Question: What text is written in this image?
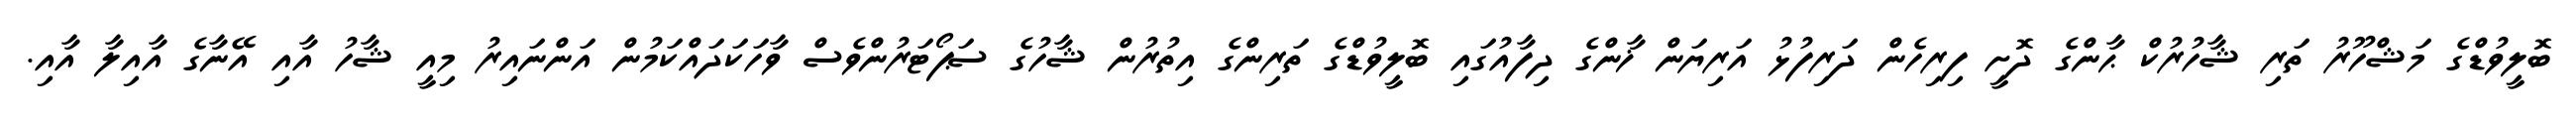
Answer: ބޮލީވުޑްގެ މަޝްހޫރު ތަރި ޝާހުރުކް ޙާންގެ ދޮށީ ފިރިހެން ދަރިފުޅު އަރިޔަން ޚާންގެ ދިފާއުގައި ބޮލީވުޑްގެ ތަރިންގެ އިތުރުން ޝާހުގެ ސަޕޯޓަރުންވެސް ވާހަކަދައްކަމުން އަންނައިރު މިއީ ޝާހު އާއި އޭނާގެ އާއިލާ އާއި.